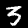
Label: 5